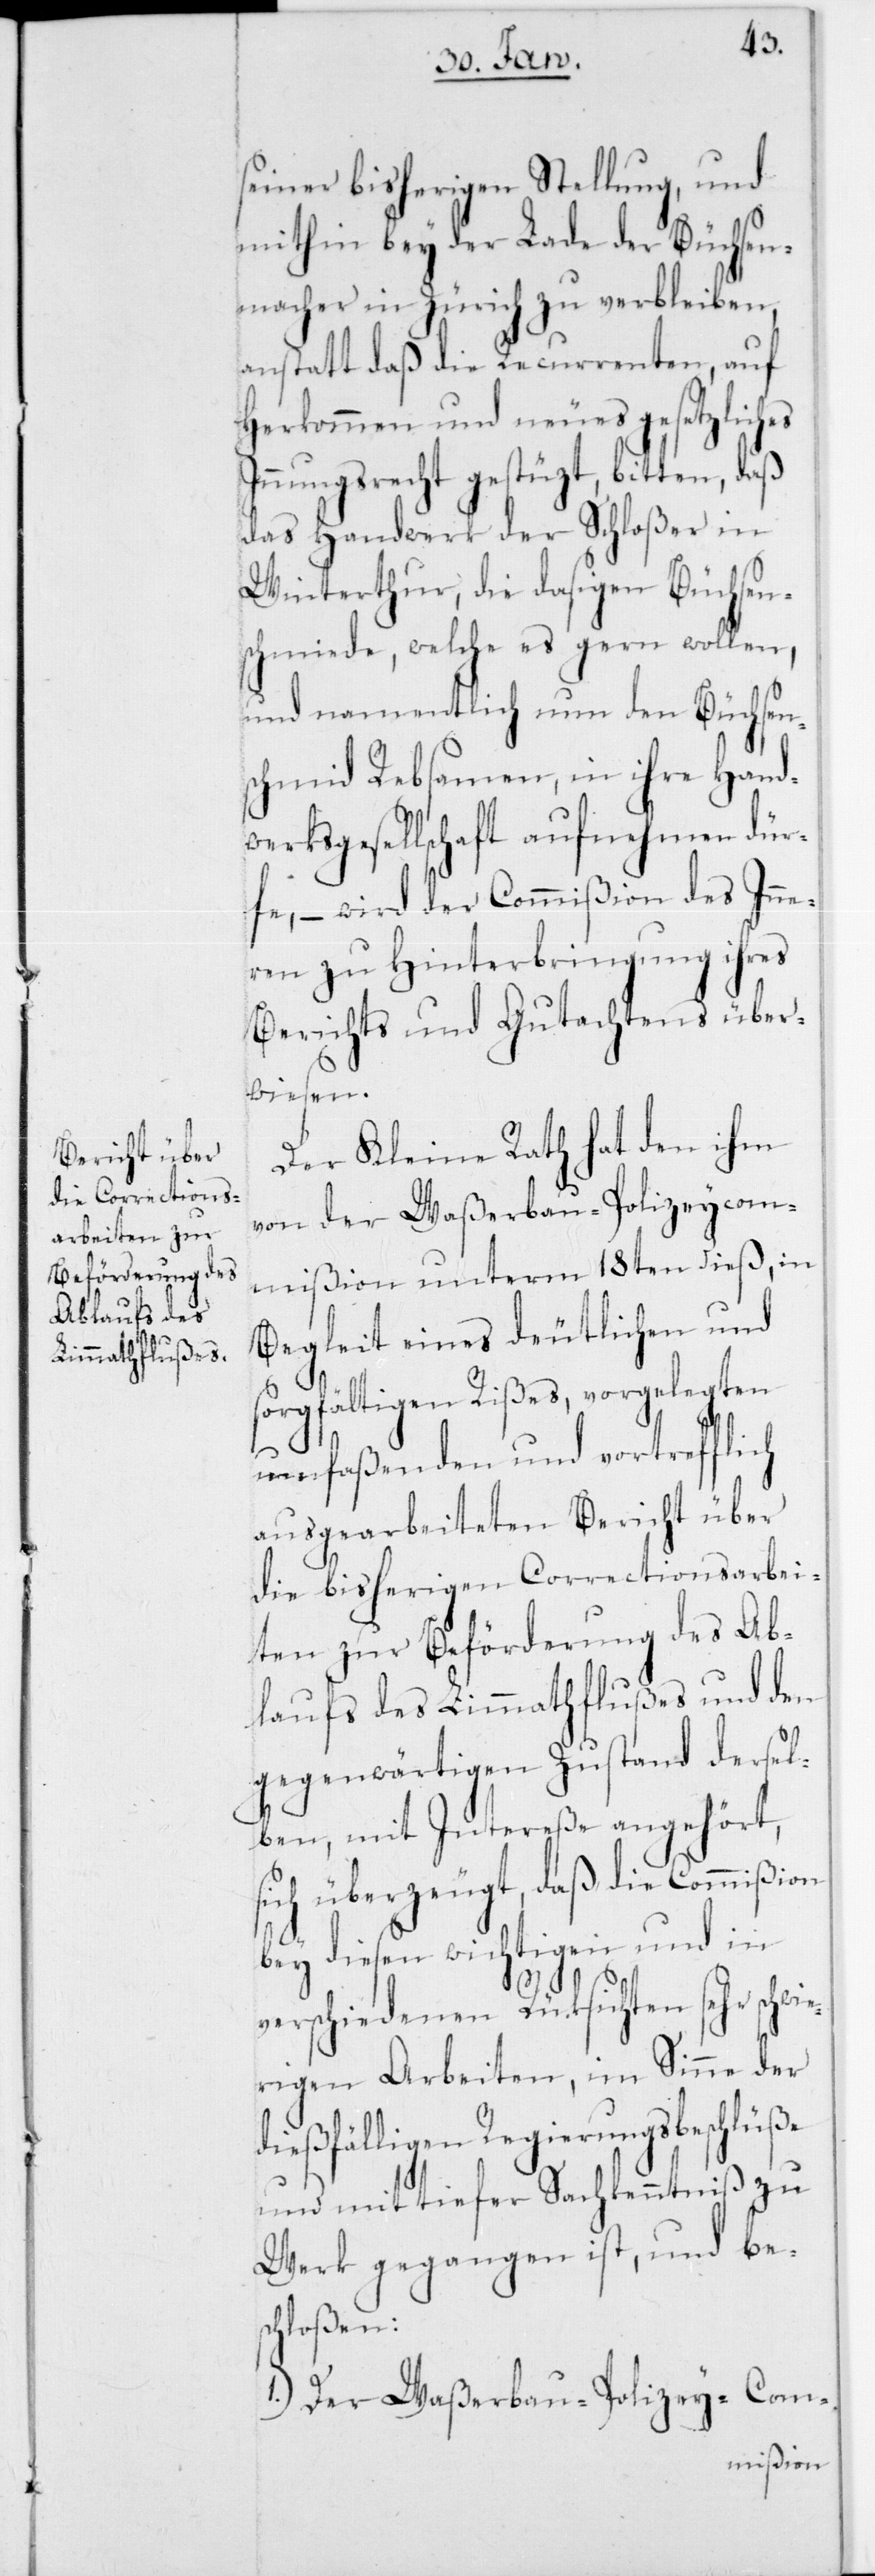
seiner bisherigen Stellung, und
mithin bey der Lade der Büchsen¬
macher in Zürich zu verbleiben,
anstatt daß die Recurrenten, auf
Herkommen und neues gesetzliches
Innungsrecht gestüzt, bitten, daß
das Handwerk der Schloßer in
Winterthur, die dasigen Büchsen¬
schmiede, welche es gern wollen,
und namentlich nun den Büchsen¬
schmied Rebsamen, in ihre Hand¬
werksgesellschaft aufnehmen dür¬
fe, – wird der Commißion des Inne¬
rn zu Hinterbringung ihres
Berichts und Gutachtens über¬
wiesen.
Der Kleine Rath hat den ihm
von der Waßerbau-Polizeycom¬
mißion unterm 18ten dieß, in
Begleit eines deutlichen und
sorgfältigen Rißes, vorgelegten
ausgearbeiteten Bericht über
die bisherigen Correctionsarbei¬
ten zur Beförderung des Ab¬
laufs des Limmathflußes und den
gegenwärtigen Zustand dersel¬
ben, mit Intereße angehört,
sich überzeugt, daß die Commißion
bey diesen wichtigen und in
verschiedenen Rücksichten sehr schwi¬
erigen Arbeiten, im Sinne der
dießfälligen Regierungsbeschlüße
und mit tiefer Sachkenntniß zu
Werk gegangen ist, und be¬
schloßen:
1.) Der Waßerbau-Polizey-Com-